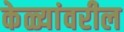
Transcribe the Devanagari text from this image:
केळ्यांवरील